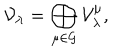
\mathcal { V } _ { \lambda } = \bigoplus _ { \mu \in \mathcal { G } } \mathcal { V } _ { \lambda } ^ { \mu } ,